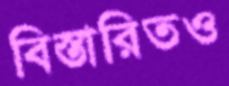
বিস্তারিতও